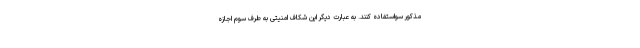
مذکور سواستفاده کنند. به عبارت دیگر این شکاف امنیتی به طرف سوم اجازه